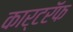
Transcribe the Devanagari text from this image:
कार्टरॅफ